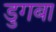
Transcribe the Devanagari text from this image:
डुगबा